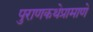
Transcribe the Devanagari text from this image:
पुराणकथेप्रामाणे